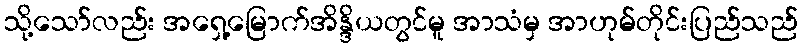
သို့သော်လည်း အရှေ့မြောက်အိန္ဒိယတွင်မူ အာသံမှ အာဟုမ်တိုင်းပြည်သည်